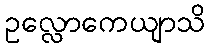
ဥလ္လောကေယျာသိ